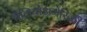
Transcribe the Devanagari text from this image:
पैलियोअमेरिकी